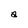
Character: a